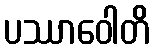
ပဿာဝေါတိ